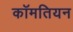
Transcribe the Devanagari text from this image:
कॉमतियन